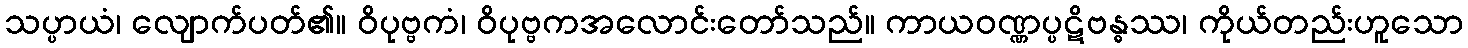
သပ္ပာယံ၊ လျောက်ပတ်၏။ ဝိပုဗ္ဗကံ၊ ဝိပုဗ္ဗကအလောင်းတော်သည်။ ကာယဝဏ္ဏပ္ပဋိဗန္ဓဿ၊ ကိုယ်တည်းဟူသော